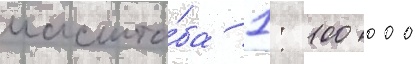
масшта́ба 1: 100 000